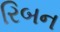
રિબન